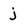
Character: j